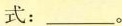
式：___。